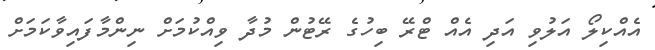
އެއްކިލޯ އަލުވި އަދި އެއް ޓްރޭ ބިހުގެ ރޭޓުން މުދާ ވިއްކުމަށް ނިންމާފައިވާކަމަށް